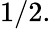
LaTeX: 1/2.